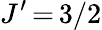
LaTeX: J^{\prime}\, {=}\, 3/2